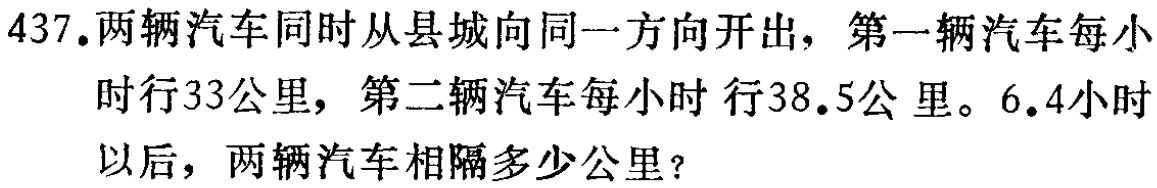
437.两辆汽车同时从县城向同一方向开出，第一辆汽车每小时行33公里，第二辆汽车每小时行38.5公里。6.4小时以后，两辆汽车相隔多少公里？